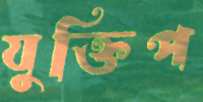
যুক্তিপ